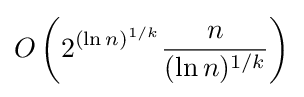
O\left(2^{(\ln n)^{1/k}}{\frac {n}{(\ln n)^{1/k}}}\right)